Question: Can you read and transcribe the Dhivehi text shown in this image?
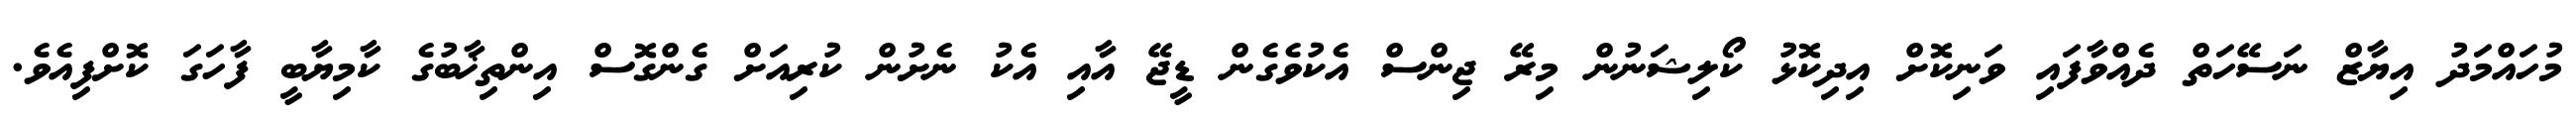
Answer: މުހައްމަދު އިޔާޒް ނަސޭހަތް ދެއްވާފައި ވަނިކޮށް އިދިކޮޅު ކޯލިޝަނުން މިރޭ ޖިންސް އެކުވެގެން ޑީޖޭ އާއި އެކު ނެށުން ކުރިއަށް ގެންގޮސް އިންތިޚާބުގެ ކާމިޔާބީ ފާހަގަ ކޮށްފިއެވެ.